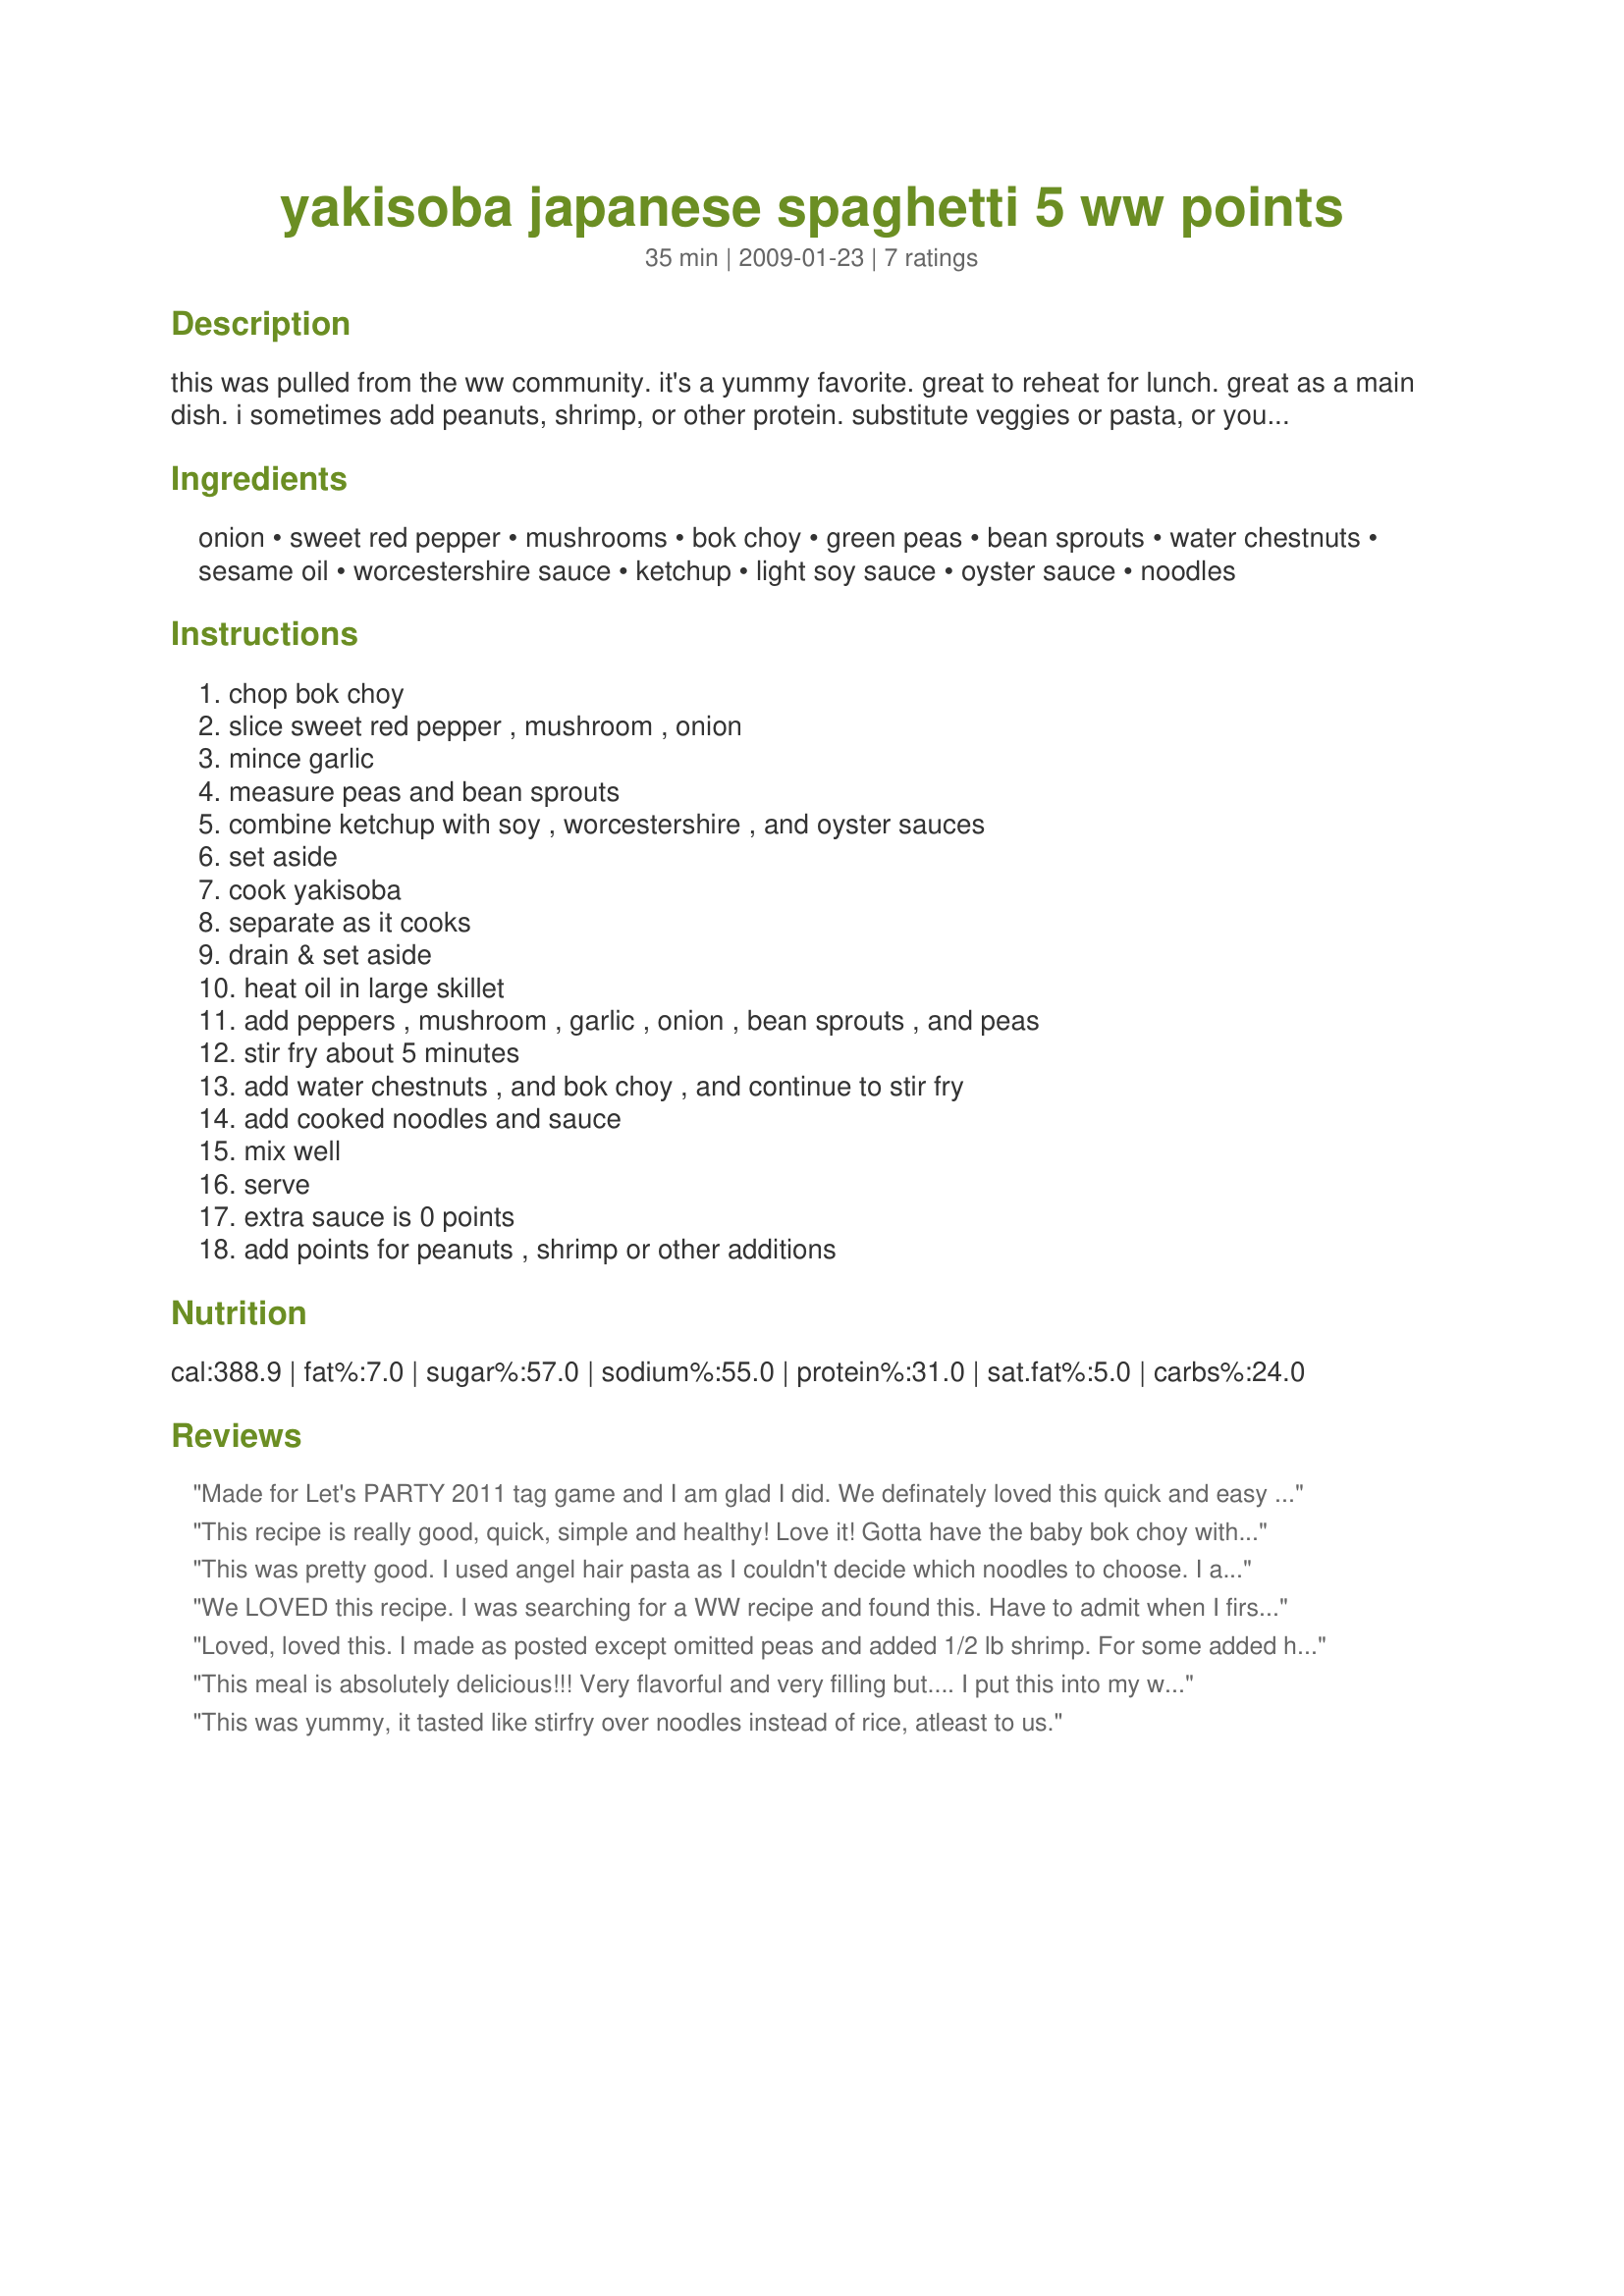
yakisoba japanese spaghetti 5 ww points
Preparation time: 35 minutes

this was pulled from the ww community. it's a yummy favorite. great to reheat for lunch. great as a main dish. i sometimes add peanuts, shrimp, or other protein. substitute veggies or pasta, or your personal favorites. napa cabbage can be used instead of bok choy.

Ingredients:
onion, sweet red pepper, mushrooms, bok choy, green peas, bean sprouts, water chestnuts, sesame oil, worcestershire sauce, ketchup, light soy sauce, oyster sauce, noodles

Steps:
chop bok choy, slice sweet red pepper , mushroom , onion, mince garlic, measure peas and bean sprouts, combine ketchup with soy , worcestershire , and oyster sauces, set aside, cook yakisoba, separate as it cooks, drain & set aside, heat oil in large skillet, add peppers , mushroom , garlic , onion , bean sprouts , and peas, stir fry about 5 minutes, add water chestnuts , and bok choy , and continue to stir fry, add cooked noodles and sauce, mix well, serve, extra sauce is 0 points, add points for peanuts , shrimp or other additions

Reviews:
Made for Let's PARTY 2011 tag game and I am glad I did. We definately loved this quick and easy dish. I did use fresh snow peas for the frozen peas and added some pepper flakes for spice. Will make this again and I think I will add some shrimp like a previous reviewer did. Thank you for posting.
This recipe is really good, quick, simple and healthy! Love it! Gotta have the baby bok choy with it, and I used organic whole wheat udon noodles too and it was very filling. Will make again!
This was pretty good. I used angel hair pasta as I couldn't decide which noodles to choose. I also used a coleslaw mix, rather than shredding my own. The sauce was tangier than I expected, but still good. It made 4 - 5 servings for my family. It is nice to make ahead, then just reheat.
We LOVED this recipe. I was searching for a WW recipe and found this. Have to admit when I first read this was not sure that we'd like it but decided to try it any ways. I used a mix of both red and yellow sweet peppers and left out the mushrooms as mine had spoiled when I went to use them and added a sprinkling of crushed red pepper for spice. Other than that followed it exactly using spagetti for the noodles. Loved the spice of the sauce, it was so good and the final result was so fresh tasting and not to heavy for a hot day. Went together so fast and had all the ingrediants (expect for spoiled mushrooms) on hand so not only fast but easy. This is sure to be a fav in this house - thanks so much for posting.
Loved, loved this. I made as posted except omitted peas and added 1/2 lb shrimp. For some added heat I threw in 2 tsp of chili paste. This is so easy to prepare and you get lots of veggies. How cool is that? I used yakisoba noodles for my Japanese noodles. This makes large servings. Thanks for posting. Made for Spring PAC 2009. :)
This meal is absolutely delicious!!! Very flavorful and very filling but.... I put this into my ww points calculator, and it is NOT 5 points! It is 12 points. I know that ww has changed their point system around a few times, so I don&#039;t think this was done on purpose. But people on ww, you really need to double check because you never know, and I&#039;m glad I double checked cause this was way more than I thought it was.
This was yummy, it tasted like stirfry over noodles instead of rice, atleast to us.
